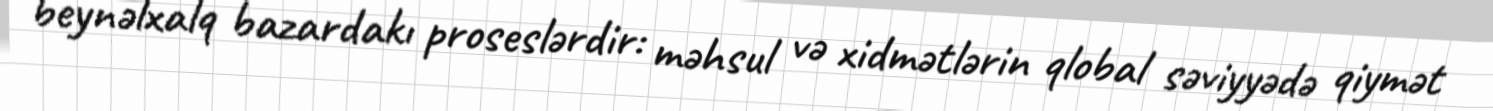
beynəlxalq bazardakı proseslərdir: məhsul və xidmətlərin qlobal səviyyədə qiymət